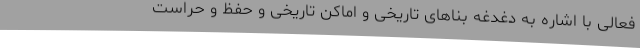
فعالی با اشاره به دغدغه بناهای تاریخی و اماکن تاریخی و حفظ و حراست